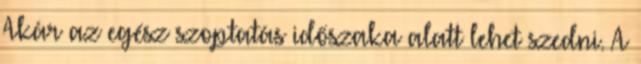
Akár az egész szoptatás időszaka alatt lehet szedni. A